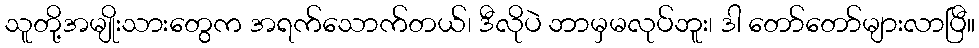
သူတို့အမျိုးသားတွေက အရက်သောက်တယ်၊ ဒီလိုပဲ ဘာမှမလုပ်ဘူး၊ ဒါ တော်တော်များလာပြီ။